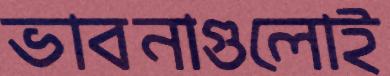
ভাবনাগুলোই